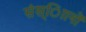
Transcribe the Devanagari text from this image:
संस्ािानों